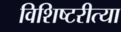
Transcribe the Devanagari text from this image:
विशिष्टरीत्या